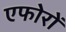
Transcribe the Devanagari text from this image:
एफोरों